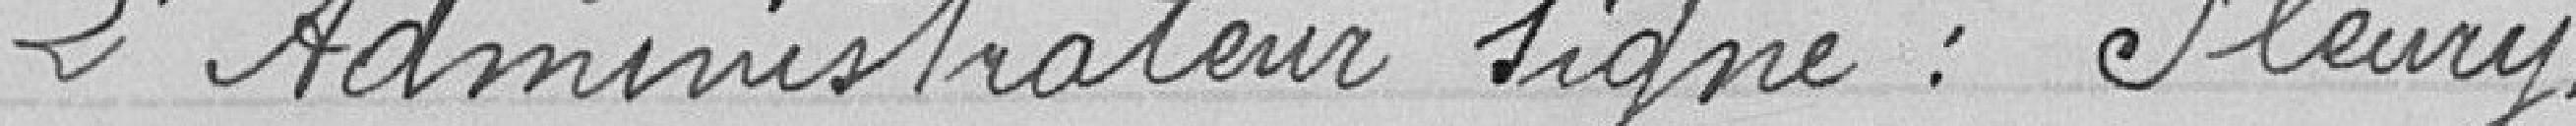
L'Administrateur signé : Fleury